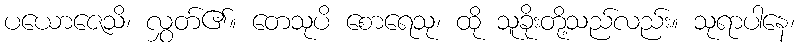
ပယောဇေသိ၊ လွှတ်၏။ တေသုပိ စောရေသု၊ ထို သူခိုးတို့သည်လည်း။ သုရာပါနေ၊